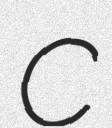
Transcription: C